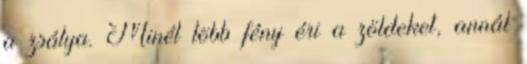
a zsálya. Minél több fény éri a zöldeket, annál